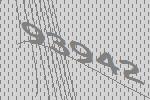
93942